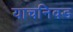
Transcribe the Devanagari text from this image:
याचनिवड